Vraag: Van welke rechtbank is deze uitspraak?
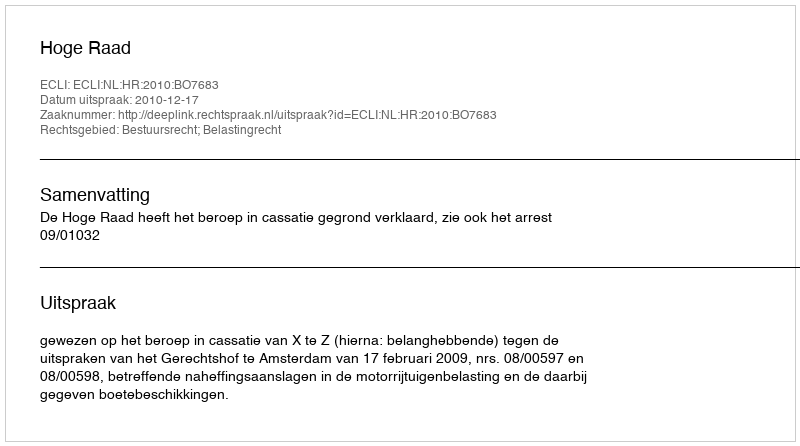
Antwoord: Hoge Raad